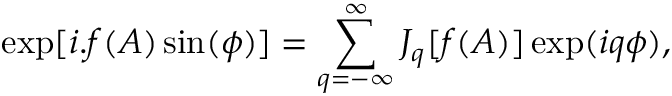
\exp [ i . f ( A ) \sin ( \phi ) ] = \sum _ { q = - \infty } ^ { \infty } J _ { q } [ f ( A ) ] \exp ( i q \phi ) ,